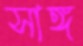
সাঙ্গ